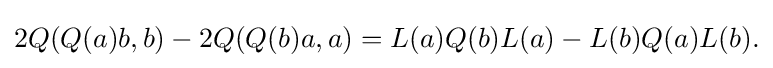
\displaystyle {2Q(Q(a)b,b)-2Q(Q(b)a,a)=L(a)Q(b)L(a)-L(b)Q(a)L(b).}